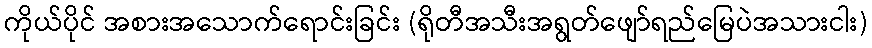
ကိုယ်ပိုင် အစားအသောက်ရောင်းခြင်း (ရိုတီအသီးအရွတ်ဖျော်ရည်မြေပဲအသားငါး)